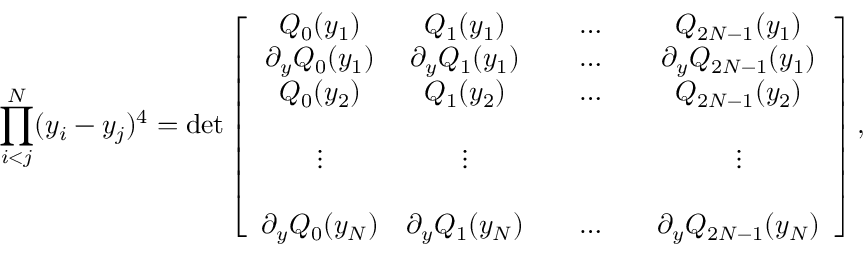
\prod _ { i < j } ^ { N } ( y _ { i } - y _ { j } ) ^ { 4 } = \operatorname * { d e t } \left[ \begin{array} { c c c c c c } { { Q _ { 0 } ( y _ { 1 } ) } } & { { Q _ { 1 } ( y _ { 1 } ) } } & { { } } & { { \ldots } } & { { } } & { { Q _ { 2 N - 1 } ( y _ { 1 } ) } } \\ { { \partial _ { y } Q _ { 0 } ( y _ { 1 } ) } } & { { \partial _ { y } Q _ { 1 } ( y _ { 1 } ) } } & { { } } & { { \ldots } } & { { } } & { { \partial _ { y } Q _ { 2 N - 1 } ( y _ { 1 } ) } } \\ { { Q _ { 0 } ( y _ { 2 } ) } } & { { Q _ { 1 } ( y _ { 2 } ) } } & { { } } & { { \ldots } } & { { } } & { { Q _ { 2 N - 1 } ( y _ { 2 } ) } } \\ { { } } & { { } } & { { } } & { { } } & { { } } & { { } } \\ { { \vdots } } & { { \vdots } } & { { } } & { { } } & { { } } & { { \vdots } } \\ { { } } & { { } } & { { } } & { { } } & { { } } & { { } } \\ { { \partial _ { y } Q _ { 0 } ( y _ { N } ) } } & { { \partial _ { y } Q _ { 1 } ( y _ { N } ) } } & { { } } & { { \ldots } } & { { } } & { { \partial _ { y } Q _ { 2 N - 1 } ( y _ { N } ) } } \end{array} \right] ,